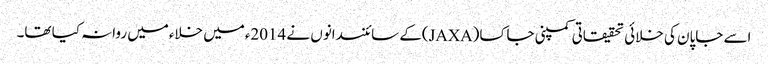
اسے جاپان کی خلائی تحقیقاتی کمپنی جاکسا(JAXA)کے سائنسدانوں نے 2014ءمیں خلاءمیں روانہ کیا تھا۔